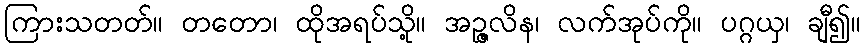
ကြားသတတ်။ တတော၊ ထိုအရပ်သို့။ အဉ္ဇလိန၊ လက်အုပ်ကို။ ပဂ္ဂယှ၊ ချီ၍။